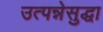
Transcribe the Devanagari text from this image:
उत्पन्नेसुद्धा